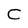
Character: C